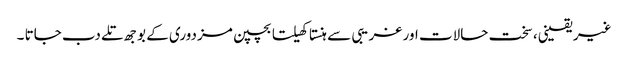
غیر یقینی، سخت حالات اور غریبی سے ہنستا کھیلتا بچپن مزدوری کے بوجھ تلے دب جاتا ۔